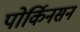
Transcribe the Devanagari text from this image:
पोर्किनसन